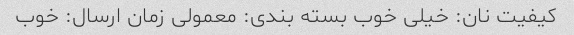
کیفیت نان: خیلی خوب بسته بندی: معمولی زمان ارسال: خوب